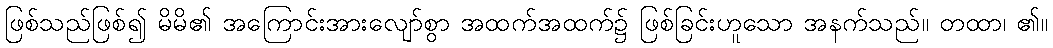
ဖြစ်သည်ဖြစ်၍ မိမိ၏ အကြောင်းအားလျော်စွာ အထက်အထက်၌ ဖြစ်ခြင်းဟူသော အနက်သည်။ တထာ၊ ၏။